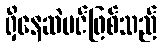
ရှိနေဆဲပင်ဖြစ်သည်